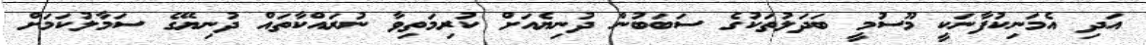
އަދި އެމަނިކުފާނަކީ މޫސުމީ ބަދަލުތަކުގެ ސަބަބުން ދުނިޔެއަށް ކުރިމަތިވާ ނުރައްކާތައް ދުނިޔޭގެ ސަމާލުކަމަށް